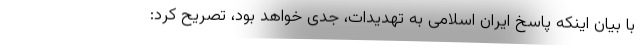
با بیان اینکه پاسخ ایران اسلامی به تهدیدات، جدی خواهد بود، تصریح کرد: